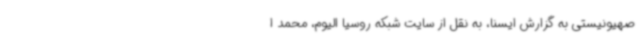
صهیونیستی به گزارش ایسنا، به نقل از سایت شبکه روسیا الیوم، محمد ا